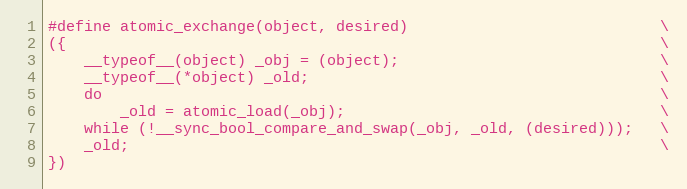
Language: C
#define atomic_exchange(object, desired)                            \
({                                                                  \
    __typeof__(object) _obj = (object);                             \
    __typeof__(*object) _old;                                       \
    do                                                              \
        _old = atomic_load(_obj);                                   \
    while (!__sync_bool_compare_and_swap(_obj, _old, (desired)));   \
    _old;                                                           \
})